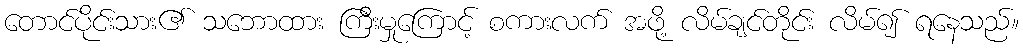
တောင်ပိုင်းသား၏ သဘောထား ကြီးမှုကြောင့် စကားလက် အဖို့ လိမ်ချင်တိုင်း လိမ်၍ ရနေသည်။